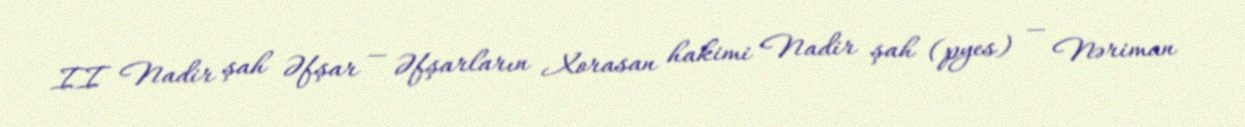
II Nadir şah Əfşar — Əfşarların Xorasan hakimi Nadir şah (pyes) — Nəriman